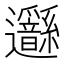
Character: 𨙣